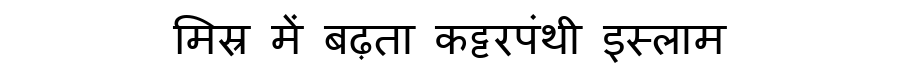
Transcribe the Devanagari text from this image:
मिस्र में बढ़ता कट्टरपंथी इस्लाम